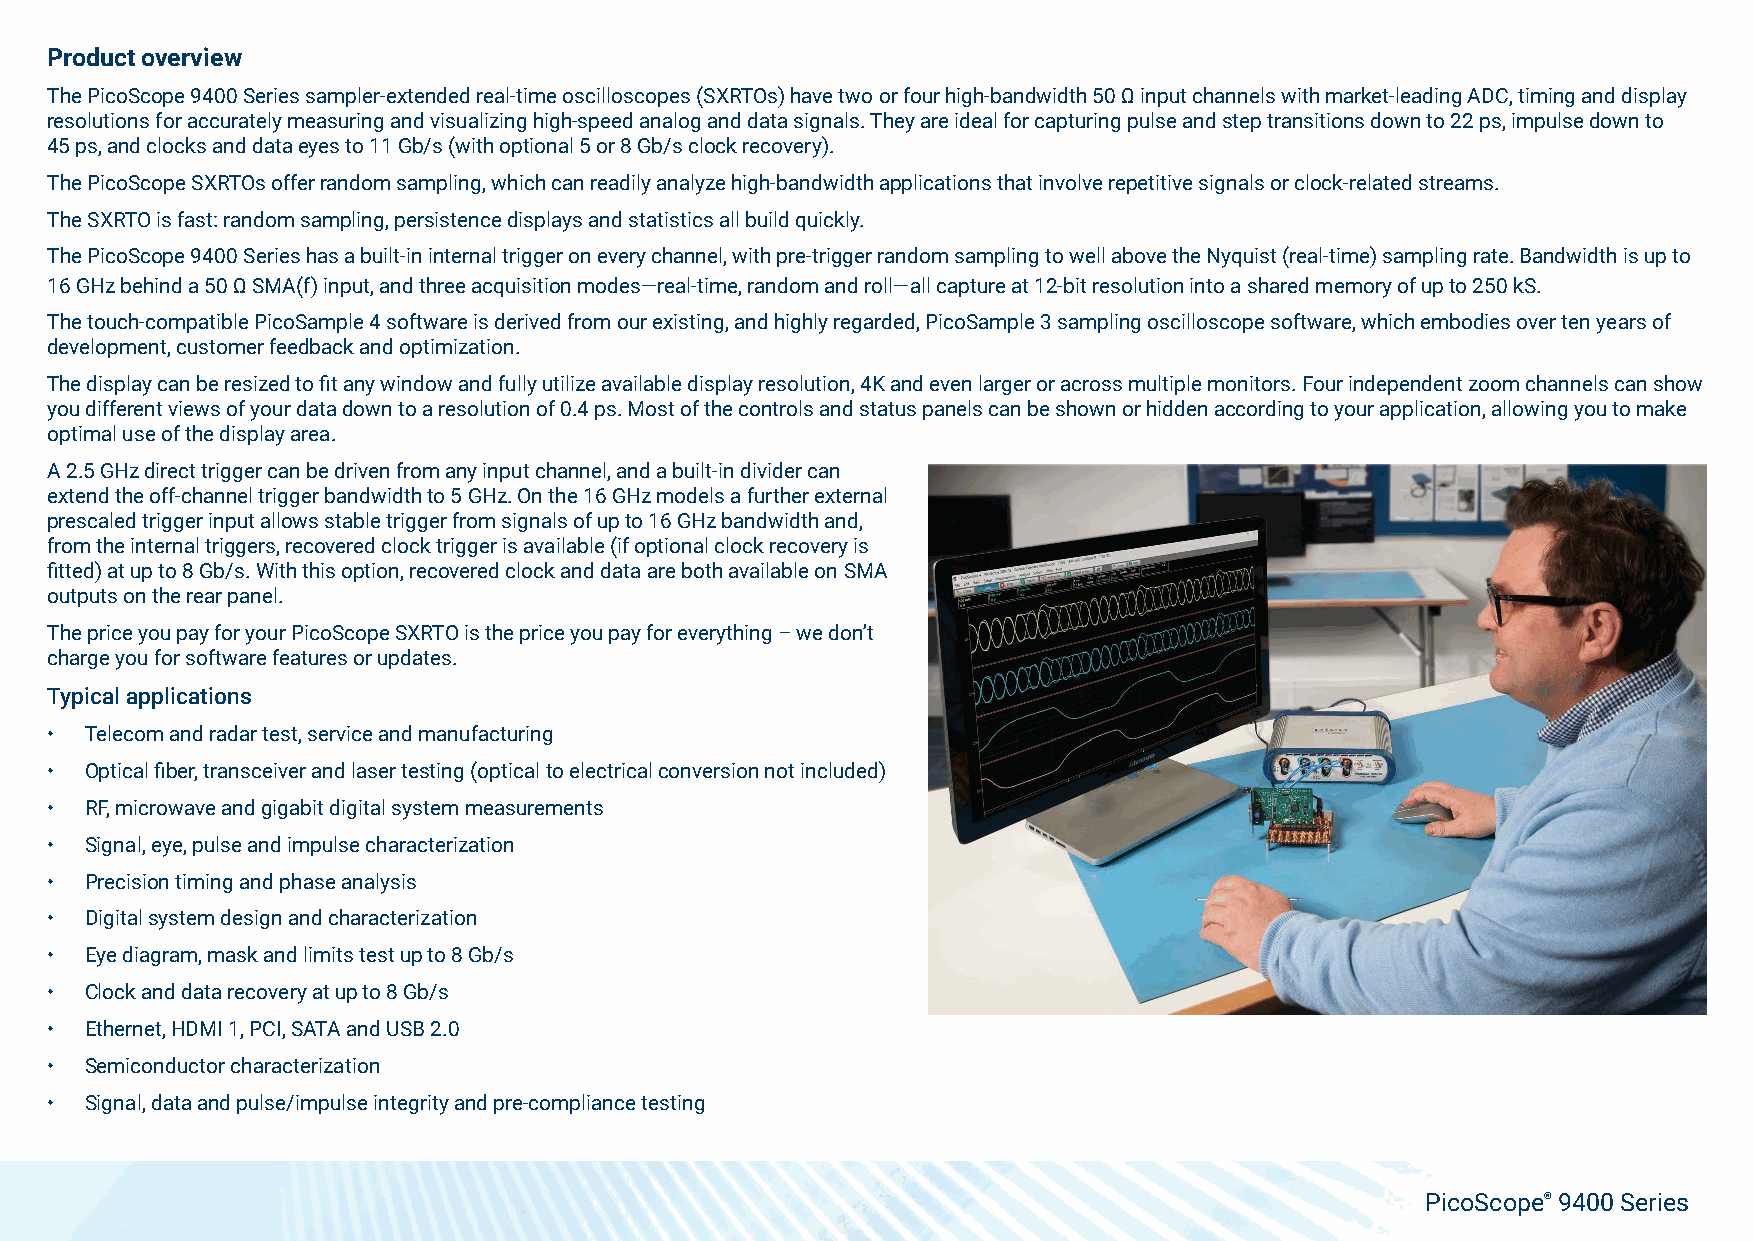
Product overview
 The PicoScope 9400 Series sampler-extended real-time oscilloscopes (SXRTOs) have two or four high-bandwidth 50 Ω input channels with market-leading ADC, timing and display
 resolutions for accurately measuring and visualizing high-speed analog and data signals. They are ideal for capturing pulse and step transitions down to 22 ps, impulse down to
 45 ps, and clocks and data eyes to 11 Gb/s (with optional 5 or 8 Gb/s clock recovery).
 The PicoScope SXRTOs offer random sampling, which can readily analyze high-bandwidth applications that involve repetitive signals or clock-related streams.
 The SXRTO is fast: random sampling, persistence displays and statistics all build quickly.
 The PicoScope 9400 Series has a built-in internal trigger on every channel, with pre-trigger random sampling to well above the Nyquist (real-time) sampling rate. Bandwidth is up to
 16 GHz behind a 50 Ω SMA(f) input, and three acquisition modes—real-time, random and roll—all capture at 12-bit resolution into a shared memory of up to 250 kS.
 The touch-compatible PicoSample 4 software is derived from our existing, and highly regarded, PicoSample 3 sampling oscilloscope software, which embodies over ten years of
 development, customer feedback and optimization.
 The display can be resized to fit any window and fully utilize available display resolution, 4K and even larger or across multiple monitors. Four independent zoom channels can show
 you different views of your data down to a resolution of 0.4 ps. Most of the controls and status panels can be shown or hidden according to your application, allowing you to make
 optimal use of the display area.
 A 2.5 GHz direct trigger can be driven from any input channel, and a built-in divider can
 extend the off-channel trigger bandwidth to 5 GHz. On the 16 GHz models a further external
 prescaled trigger input allows stable trigger from signals of up to 16 GHz bandwidth and,
 from the internal triggers, recovered clock trigger is available (if optional clock recovery is
 fitted) at up to 8 Gb/s. With this option, recovered clock and data are both available on SMA
 outputs on the rear panel.
 The price you pay for your PicoScope SXRTO is the price you pay for everything – we don’t
 charge you for software features or updates.
 Typical applications
 •  Telecom and radar test, service and manufacturing
 •  Optical fiber, transceiver and laser testing (optical to electrical conversion not included)
 •  RF, microwave and gigabit digital system measurements
 •  Signal, eye, pulse and impulse characterization
 •  Precision timing and phase analysis
 •  Digital system design and characterization
 •  Eye diagram, mask and limits test up to 8 Gb/s
 •  Clock and data recovery at up to 8 Gb/s
 •  Ethernet, HDMI 1, PCI, SATA and USB 2.0
 •  Semiconductor characterization
 •  Signal, data and pulse/impulse integrity and pre-compliance testing
 PicoScope® 9400 Series